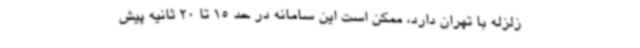
زلزله با تهران دارد، ممکن است این سامانه در حد 15 تا 20 ثانیه پیش